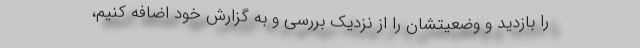
را بازدید ‌و وضعیتشان را از نزدیک بررسی و به گزارش خود اضافه کنیم،